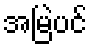
အမြဲပင်